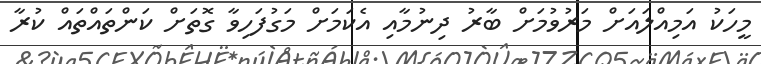
މީހަކު އަމިއްލައަށް މަރުވުމަށް ބާރު ދިނުމާއި އެކަމަށް މަގުފަހިވާ ގޮތަށް ކަންތައްތައް ކުރާ